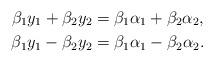
LaTeX: \begin{align*}\beta_1y_1+\beta_2y_2&=\beta_1\alpha_1+\beta_2\alpha_2,\\\beta_1y_1-\beta_2y_2&=\beta_1\alpha_1-\beta_2\alpha_2.\end{align*}